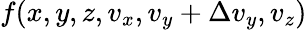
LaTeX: f(x,y,z,v_{x},v_{y}+\Delta v_{y},v_{z})